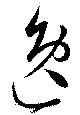
逸